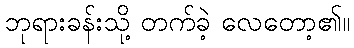
ဘုရားခန်းသို့ တက်ခဲ့ လေတော့၏။